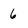
Character: 6